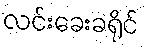
လင်းခေးခရိုင်